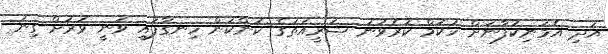
އަދި އެމަނިކުފާނަށް ހުކުމް ކުރެވުނު ޝަރީއަތުގެ ކަންކަން ހިނގާފައި ވަނީ ވަރަށް ގިނަ